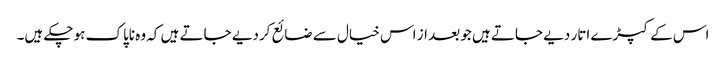
اس کے کپڑے اتار دیے جاتے ہیں جو بعد از اس خیال سے ضائع کردیے جاتے ہیں کہ وہ ناپاک ہو چکے ہیں۔